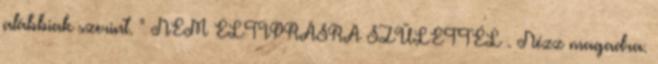
alábbiak szerint. " NEM ELTIPRÁSRA SZÜLETTÉL . Nézz magadra.